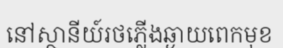
នៅស្ថានីយ៍រថភ្លើងឆ្ងាយពេកមុខ